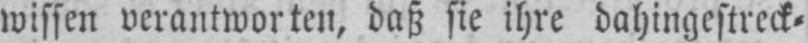
wissen verantworten, daß sie ihre dahingestreck⸗